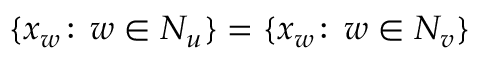
\{ x _ { w } \! : \, w \in N _ { u } \} = \{ x _ { w } \! : \, w \in N _ { v } \}